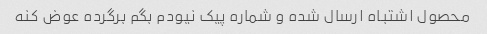
محصول اشتباه ارسال شده و شماره پیک نیودم بگم برگرده عوض کنه